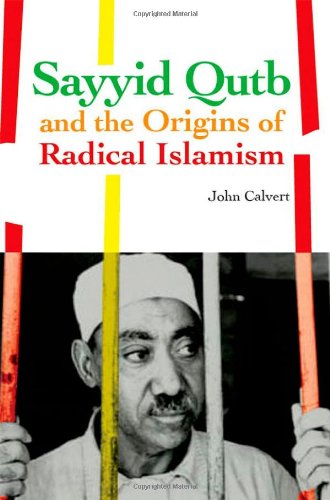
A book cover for Sayyid Qutb and the Origins of Radical Islamism; John Calvert; History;